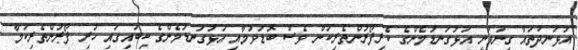
އުޅަނދުތައް ގިނަވަނީ އަޅުގަނޑުމެންގެ ކެރިފޯރުންތެރިކަން ވެސް ބޮޑުވުމާއި އަޅުގަނޑުމެންގެ ކިބައިގައި ހުރި ފޯރުންތެރިކަމާ